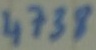
Text: 4738